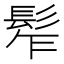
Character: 𩬟